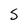
Character: s